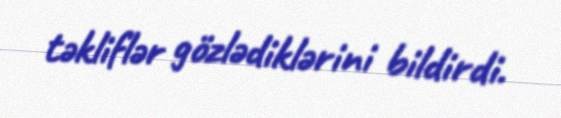
təkliflər gözlədiklərini bildirdi.